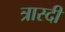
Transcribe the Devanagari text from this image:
त्रास्दी